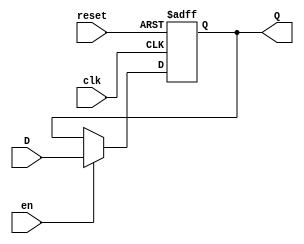
module BarrierRegister (
    input wire clk,      // Clock input
    input wire en,       // Enable input
    input wire reset,    // Asynchronous reset input
    input wire [WIDTH-1:0] D, // Data input
    output reg [WIDTH-1:0] Q   // Data output
);
    parameter WIDTH = 8;  // Width of the register (adjust as necessary)

    // Asynchronous reset and clock edge detection
    always @(posedge clk or posedge reset) begin
        if (reset) begin
            Q <= {WIDTH{1'b0}}; // Reset state (usually zero)
        end else if (en) begin
            Q <= D; // Latch the data input
        end
        // If reset is not asserted and enable is low, Q retains its value
    end

endmodule